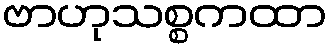
ဗာဟုသစ္စကထာ